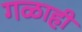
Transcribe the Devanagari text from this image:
गळाही